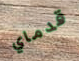
قدماي